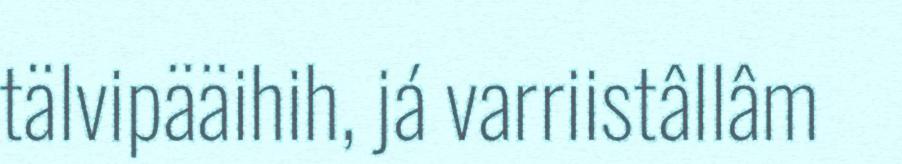
tälvipääihih, já varriistâllâm